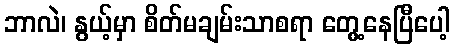
ဘာလဲ၊ နွယ့်မှာ စိတ်မချမ်းသာစရာ တွေ့နေပြီပေါ့